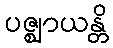
ပဇ္ဈာယန္တိ